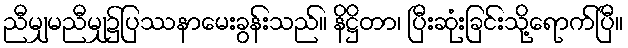
ညီမျှမညီမျှ၌ပြဿနာမေးခွန်းသည်။ နိဋ္ဌိတာ၊ ပြီးဆုံးခြင်းသို့ရောက်ပြီ။